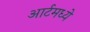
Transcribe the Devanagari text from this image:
आर्टमध्‍ये